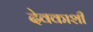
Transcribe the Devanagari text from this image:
देवकाशी